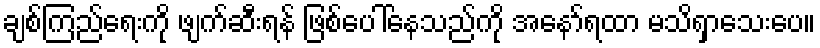
ချစ်ကြည်ရေးကို ဖျက်ဆီးရန် ဖြစ်ပေါ်နေသည်ကို အနော်ရထာ မသိရှာသေးပေ။